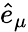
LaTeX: {\hat{e}_{\mu}}